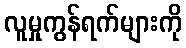
လူမှုကွန်ရက်များကို